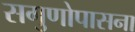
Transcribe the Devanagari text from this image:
सगुणोपासना